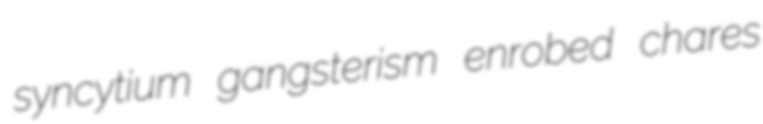
syncytium gangsterism enrobed chares